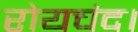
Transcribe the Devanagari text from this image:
रोयचंद।